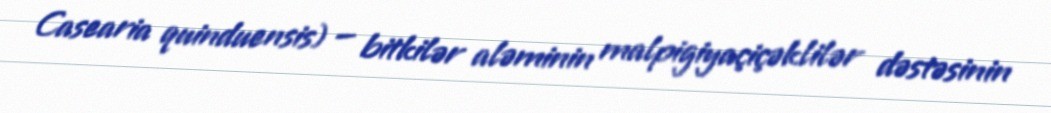
Casearia quinduensis) — bitkilər aləminin malpigiyaçiçəklilər dəstəsinin